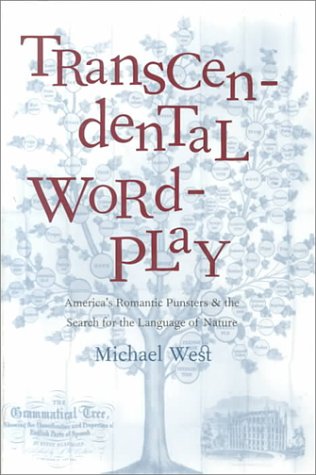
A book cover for Transcendental Wordplay: America's Romantic Punsters and the Search for the Language of Nature; Michael West; Humor & Entertainment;